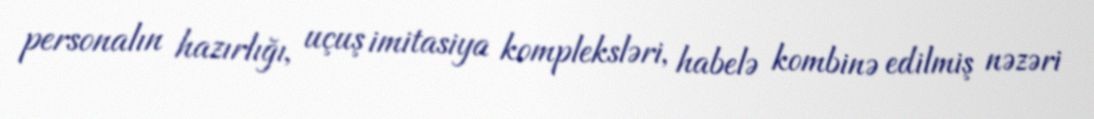
personalın hazırlığı, uçuş imitasiya kompleksləri, habelə kombinə edilmiş nəzəri